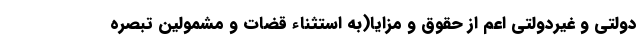
دولتی و غیردولتی اعم از حقوق و مزایا(به استثناء قضات و مشمولین تبصره